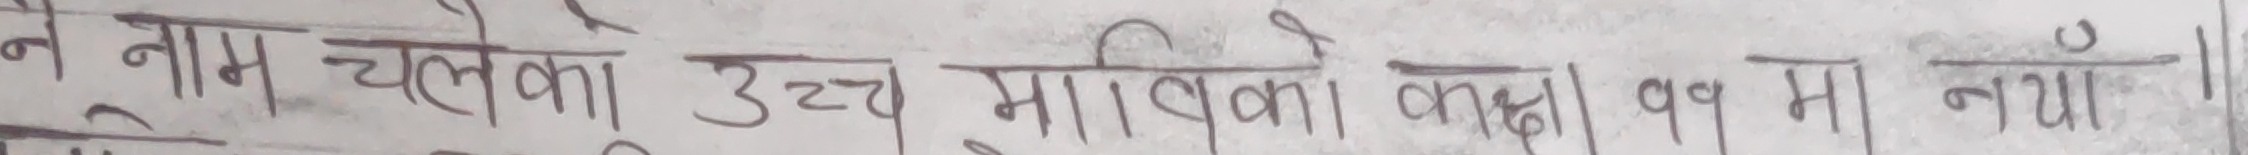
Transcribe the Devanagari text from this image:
ने न नाम चलेको उच्च माविको कक्षा ११ मा नयाँ